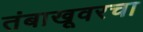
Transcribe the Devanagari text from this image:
तंबाखूवरचा